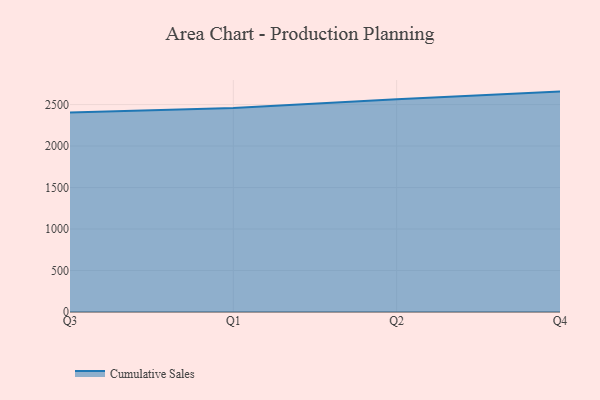
{"axis": {"x": "Quarter", "y": "Net Income (USD K)"}, "legend": ["Cumulative Sales"], "data": [{"x": "Q3", "y": 2403.8, "type": "Cumulative Sales"}, {"x": "Q1", "y": 2458.9, "type": "Cumulative Sales"}, {"x": "Q2", "y": 2564.8, "type": "Cumulative Sales"}, {"x": "Q4", "y": 2656.4, "type": "Cumulative Sales"}]}